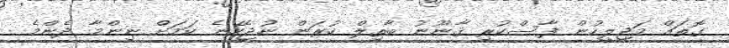
ގޮތައް މަޖިލީހުން ފާސްކުރި ޤާނޫނު ބާތިލް ކުރަން ނުޖެހޭނެ ކަމަށް ނިންމާ ދެންމެ